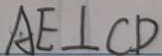
A E \bot C D